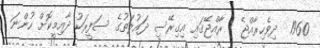
1960  ދިވެހިރާއްޖެ : ރާއްޖޭގައި އިގިރޭސި ދައުލަތުގެ ސަފީރަކު ދާއިމީކޮށް ހުންނަ